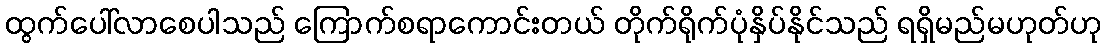
ထွက်ပေါ်လာစေပါသည် ကြောက်စရာကောင်းတယ် တိုက်ရိုက်ပုံနှိပ်နိုင်သည် ရရှိမည်မဟုတ်ဟု